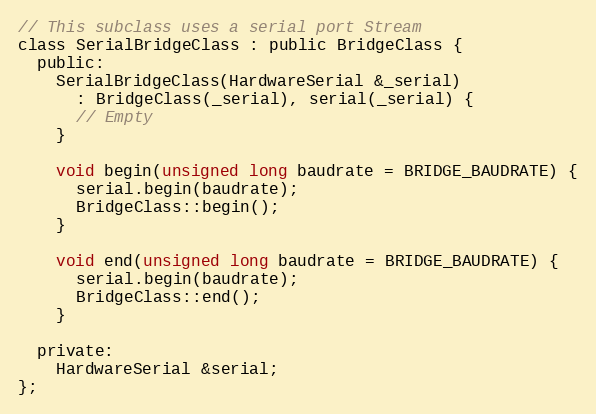
Language: C
// This subclass uses a serial port Stream
class SerialBridgeClass : public BridgeClass {
  public:
    SerialBridgeClass(HardwareSerial &_serial)
      : BridgeClass(_serial), serial(_serial) {
      // Empty
    }

    void begin(unsigned long baudrate = BRIDGE_BAUDRATE) {
      serial.begin(baudrate);
      BridgeClass::begin();
    }

    void end(unsigned long baudrate = BRIDGE_BAUDRATE) {
      serial.begin(baudrate);
      BridgeClass::end();
    }

  private:
    HardwareSerial &serial;
};